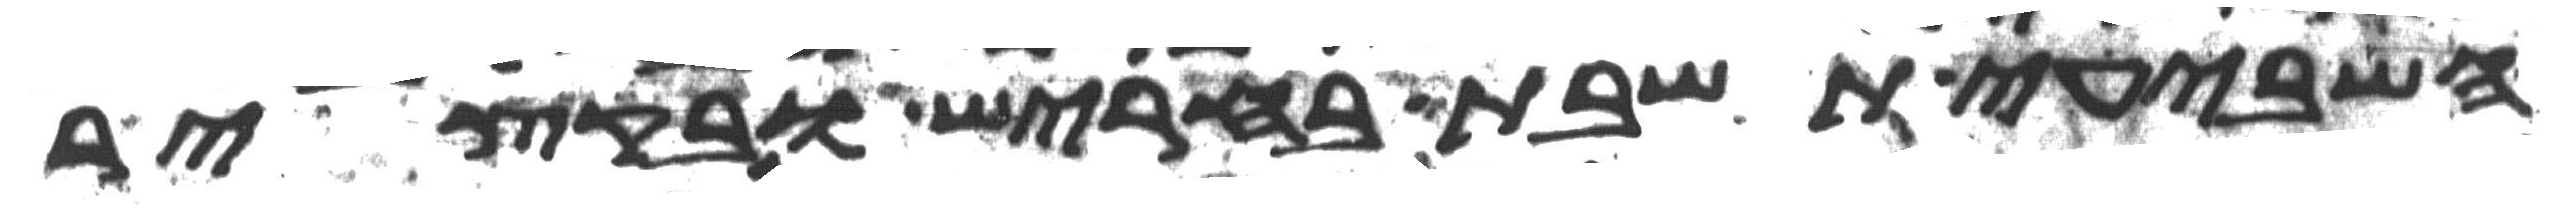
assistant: השביעי תשבת בחריש ובקציר